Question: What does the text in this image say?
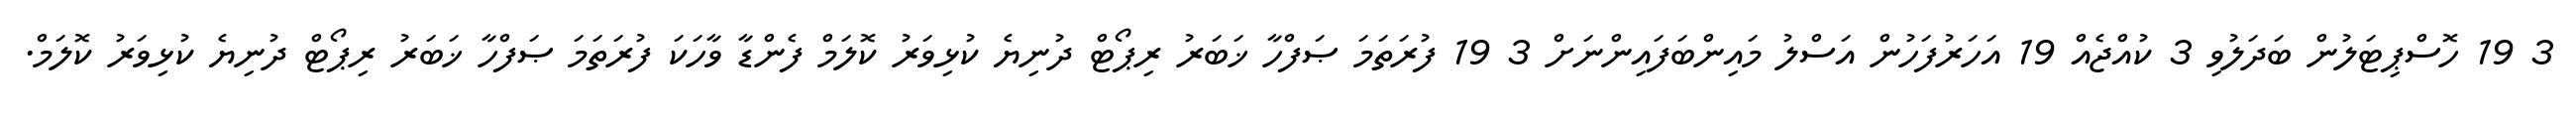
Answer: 3 19 ހޮސްޕިޓަލުން ބަދަލުވި 3 ކުއްޖެއް 19 އަހަރުފަހުން އަސްލު މައިންބަފައިންނަށް 3 19 ފުރަތަމަ ޞަފްހާ ޚަބަރު ރިޕޯޓް ދުނިޔެ ކުޅިވަރު ކޮލަމް ފެންޑާ ވާހަކަ ފުރަތަމަ ޞަފްހާ ޚަބަރު ރިޕޯޓް ދުނިޔެ ކުޅިވަރު ކޮލަމް.